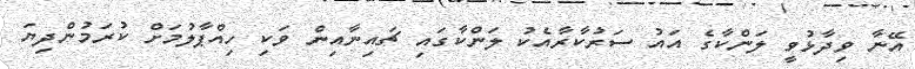
އޭނާ ވިދާޅުވީ ލަންކާގެ އައު ސަރުކާރާއެކު ލަންކާގައި ޗައިނާއިން ވަކި ހިއްޕާލުމަށް ކުރަމުންދިޔަ